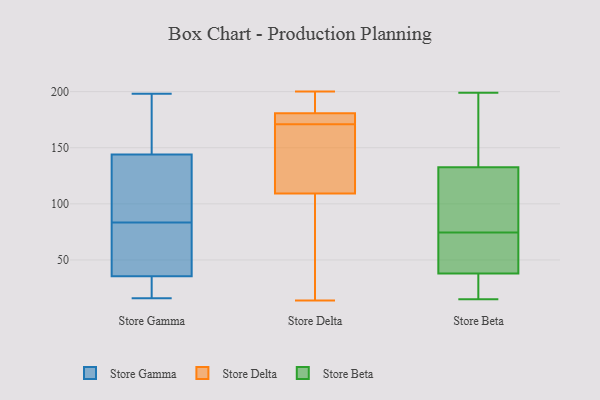
{"axis": {"x": "Customer Acquisition Cost (USD)", "y": "Value"}, "legend": ["Store Beta", "Store Delta", "Store Gamma"], "data": [{"x": "", "y": 22, "type": "Store Gamma"}, {"x": "", "y": 101, "type": "Store Gamma"}, {"x": "", "y": 126, "type": "Store Gamma"}, {"x": "", "y": 41, "type": "Store Gamma"}, {"x": "", "y": 198, "type": "Store Gamma"}, {"x": "", "y": 16, "type": "Store Gamma"}, {"x": "", "y": 150, "type": "Store Gamma"}, {"x": "", "y": 138, "type": "Store Gamma"}, {"x": "", "y": 30, "type": "Store Gamma"}, {"x": "", "y": 153, "type": "Store Gamma"}, {"x": "", "y": 66, "type": "Store Gamma"}, {"x": "", "y": 41, "type": "Store Gamma"}, {"x": "", "y": 171, "type": "Store Delta"}, {"x": "", "y": 180, "type": "Store Delta"}, {"x": "", "y": 172, "type": "Store Delta"}, {"x": "", "y": 49, "type": "Store Delta"}, {"x": "", "y": 149, "type": "Store Delta"}, {"x": "", "y": 162, "type": "Store Delta"}, {"x": "", "y": 194, "type": "Store Delta"}, {"x": "", "y": 200, "type": "Store Delta"}, {"x": "", "y": 63, "type": "Store Delta"}, {"x": "", "y": 131, "type": "Store Delta"}, {"x": "", "y": 172, "type": "Store Delta"}, {"x": "", "y": 198, "type": "Store Delta"}, {"x": "", "y": 181, "type": "Store Delta"}, {"x": "", "y": 14, "type": "Store Delta"}, {"x": "", "y": 102, "type": "Store Delta"}, {"x": "", "y": 194, "type": "Store Beta"}, {"x": "", "y": 16, "type": "Store Beta"}, {"x": "", "y": 129, "type": "Store Beta"}, {"x": "", "y": 74, "type": "Store Beta"}, {"x": "", "y": 75, "type": "Store Beta"}, {"x": "", "y": 52, "type": "Store Beta"}, {"x": "", "y": 56, "type": "Store Beta"}, {"x": "", "y": 165, "type": "Store Beta"}, {"x": "", "y": 41, "type": "Store Beta"}, {"x": "", "y": 130, "type": "Store Beta"}, {"x": "", "y": 35, "type": "Store Beta"}, {"x": "", "y": 96, "type": "Store Beta"}, {"x": "", "y": 16, "type": "Store Beta"}, {"x": "", "y": 15, "type": "Store Beta"}, {"x": "", "y": 199, "type": "Store Beta"}, {"x": "", "y": 135, "type": "Store Beta"}]}